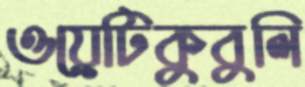
ওয়েটিকুবুলি